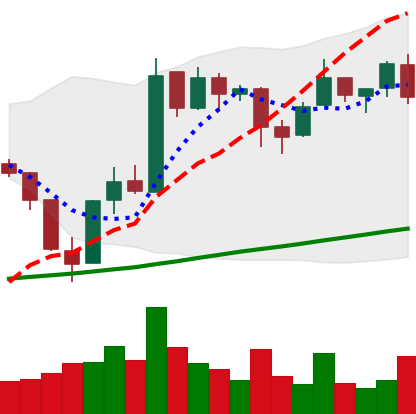
Ticker: BTC-USD
Chart end date: 2017-08-01
Forward return: 18.235%
Label: up_7plus